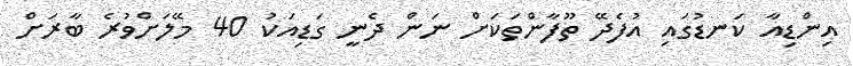
އިންޑިއާ ކަނޑުގައި އުފެދޭ ތޫފާންތަކަށް ނަން ދެނީ ގަޑިއަކު 40 މޭލަށްވުރެ ބާރަށް